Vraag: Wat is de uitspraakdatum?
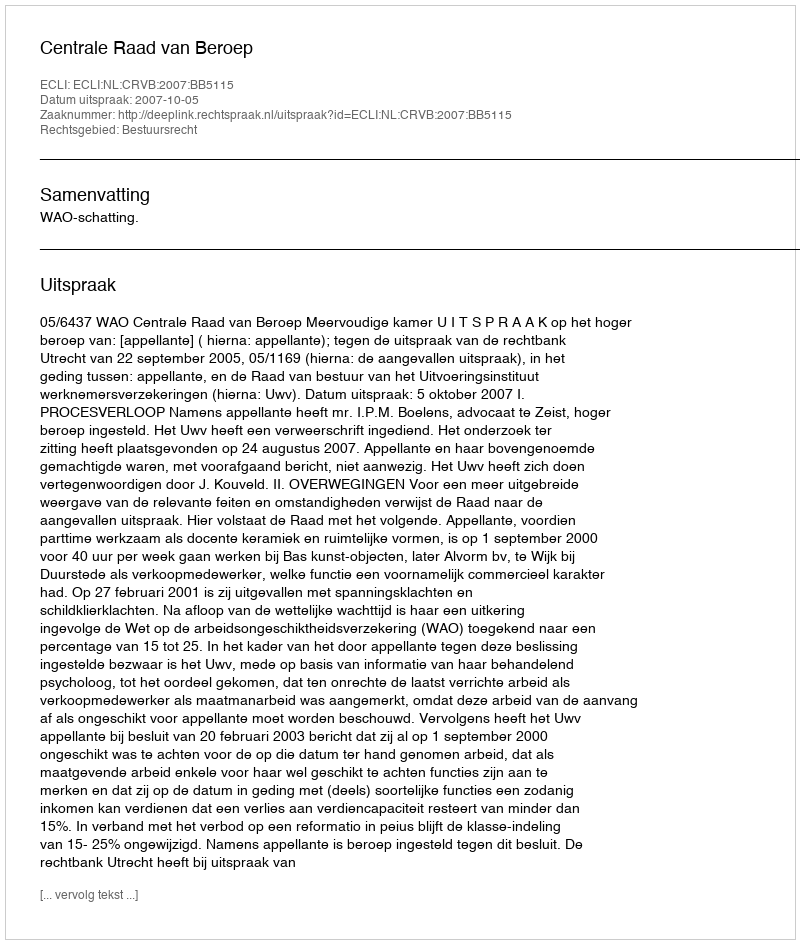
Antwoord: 2007-10-05